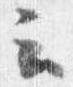
云